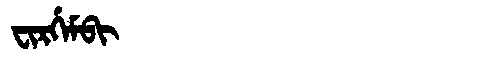
Manchu: ᠸᡳᡵᡤᡝᠮᠪᡳ
Romanization: FIRGEMBI